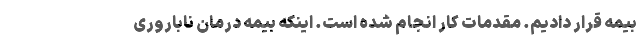
بیمه قرار دادیم. مقدمات کار انجام شده است. اینکه بیمه درمان ناباروری